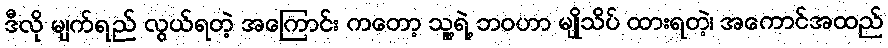
ဒီလို မျက်ရည် လွယ်ရတဲ့ အကြောင်း ကတော့ သူ့ရဲ့ ဘဝဟာ မျိုသိပ် ထားရတဲ့၊ အကောင်အထည်